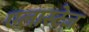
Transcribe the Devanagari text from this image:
एलास्टेज